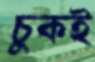
চুকই